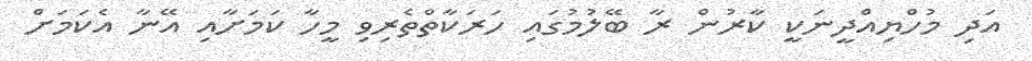
އަދި މުހްޔިއްދީނަކީ ކާރުން ރާ ބޭލުމުގައި ހަރަކާތްތެރިވި މީހާ ކަމަށާއި އޭނާ އެކަމަށް